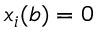
x _ { i } ( b ) = 0